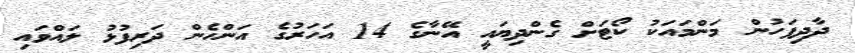
ދާދިފަހުން މަންމައަކު ކޯޓަށް ގެންދިޔައީ އޭނާގެ 14 އަހަރުގެ އަންހެން ދަރިފުޅު ލައްވައި